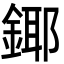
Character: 鎁